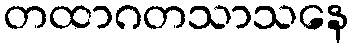
တထာဂတသာသနေ